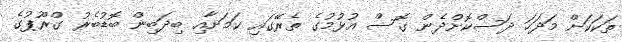
ތަކަކަށް މަދަހަ ދަސްކޮށްދެން ގޮސް އުޅުމުގެ ތެރޭގައި ކަމަށާއި ބިދަބިން ބޮޑުބެރު ގްރޫޕުގެ